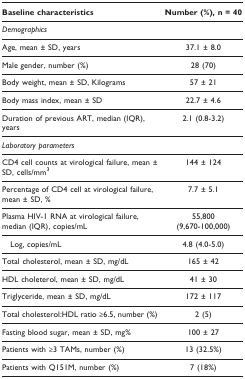
| Baseline characteristics | Number (%), n = 40 |
 | --- | --- |
 | Demographics |  |
 | Age, mean ± SD, years | 37.1 ± 8.0 |
 | Male gender, number (%) | 28 (70) |
 | Body weight, mean ± SD, Kilograms | 57 ± 21 |
 | Body mass index, mean ± SD | 22.7 ± 4.6 |
 | Duration of previous ART, median (IQR), years | 2.1 (0.8-3.2) |
 | Laboratory parameters |  |
 | CD4 cell counts at virological failure, mean ± SD, cells/mm3 | 144 ± 124 |
 | Percentage of CD4 cell at virological failure, mean ± SD, % | 7.7 ± 5.1 |
 | Plasma HIV-1 RNA at virological failure, median (IQR), copies/mL | 55,800(9,670-100,000) |
 | Log, copies/mL | 4.8 (4.0-5.0) |
 | Total cholesterol, mean ± SD, mg/dL | 165 ± 42 |
 | HDL choleterol, mean ± SD, mg/dL | 41 ± 30 |
 | Triglyceride, mean ± SD, mg/dL | 172 ± 117 |
 | Total cholesterol:HDL ratio ≥6.5, number (%) | 2 (5) |
 | Fasting blood sugar, mean ± SD, mg% | 100 ± 27 |
 | Patients with ≥3 TAMs, number (%) | 13 (32.5%) |
 | Patients with Q151M, number (%) | 7 (18%) |